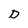
Character: D